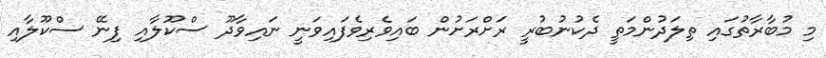
މި މުބާރާތުގައި ތިލަދުންމަތީ ދެކުނުބުރީ ރަށްރަށުން ބައިވެރިވެފައިވަނީ ނައިވާދޫ ސްކޫލާއި ފިނޭ ސްކޫލާއި